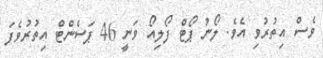
ވެސް އިތުރުވި އެވެ. ލޯނު ޕޯޓް ފޯލިއޯ ވަނީ 46 ޕަސެންޓް އިތުރުވެފަ